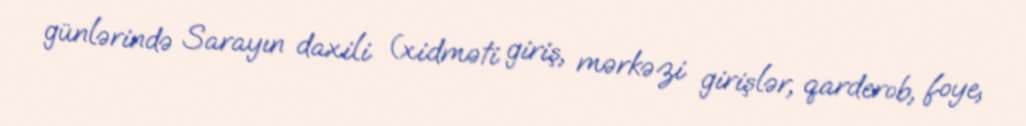
günlərində Sarayın daxili (xidməti giriş, mərkəzi girişlər, qarderob, foye,